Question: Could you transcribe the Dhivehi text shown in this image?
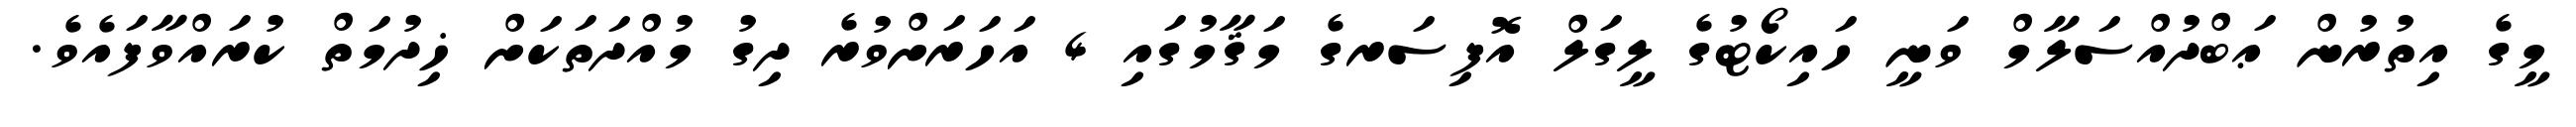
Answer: މީގެ އިތުރުން ޢަބްދުއްސަލާމް ވަނީ ހައިކޯޓުގެ ލީގަލް އޮފިސަރގެ މަޤާމުގައި 4 އަހަރަށްވުރެ ދިގު މުއްދަތަކަށް ޚިދުމަތް ކުރައްވާފައެވެ.